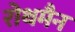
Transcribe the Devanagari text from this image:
रोथमैन